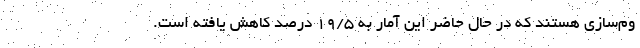
وم‌سازی هستند که در حال حاضر این آمار به ۱۹/۵ درصد کاهش یافته است.